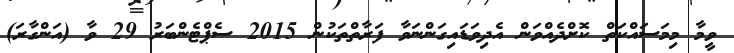
ވީމާ މިމަސައްކަތް ކޮށްދެއްވަން އެދިވަޑައިގަންނަވާ ފަރާތްތަކުން 2015 ސެޕްޓެންބަރު 29 ވާ (އަންގާރަ)